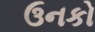
ઉનકો